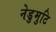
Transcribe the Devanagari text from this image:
नेडुमुटि